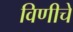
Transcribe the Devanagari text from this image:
विणीचे